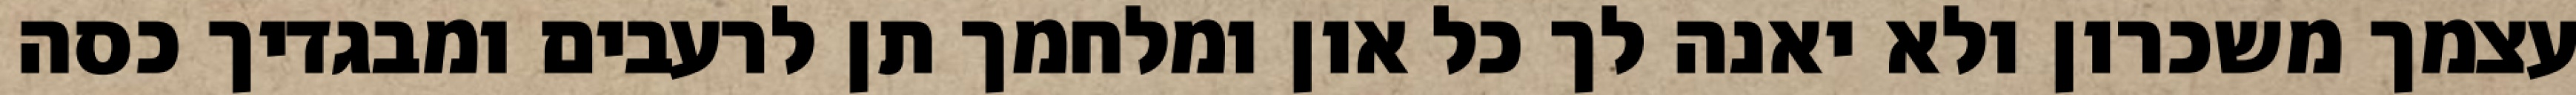
עצמך משכרון ולא יאנה לך כל און ומלחמך תן לרעבים ומבגדיך כסה